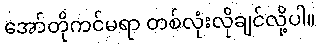
အော်တိုကင်မရာ တစ်လုံးလိုချင်လို့ပါ။